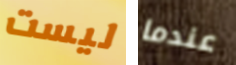
ليست عندما